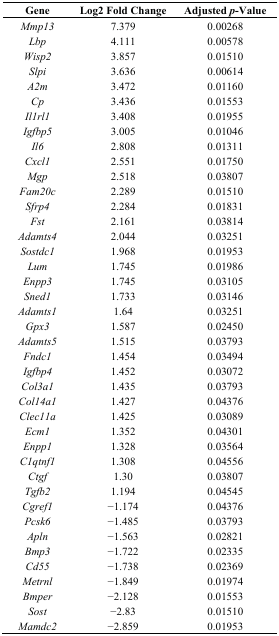
<table><thead><tr><td><b>Gene</b></td><td><b>Log2 Fold Change</b></td><td><b>Adjusted <i>p</i>-Value</b></td></tr></thead><tbody><tr><td><i>Mmp13</i></td><td>7.379</td><td>0.00268</td></tr><tr><td><i>Lbp</i></td><td>4.111</td><td>0.00578</td></tr><tr><td><i>Wisp2</i></td><td>3.857</td><td>0.01510</td></tr><tr><td><i>Slpi</i></td><td>3.636</td><td>0.00614</td></tr><tr><td><i>A2m</i></td><td>3.472</td><td>0.01160</td></tr><tr><td><i>Cp</i></td><td>3.436</td><td>0.01553</td></tr><tr><td><i>Il1rl1</i></td><td>3.408</td><td>0.01955</td></tr><tr><td><i>Igfbp5</i></td><td>3.005</td><td>0.01046</td></tr><tr><td><i>Il6</i></td><td>2.808</td><td>0.01311</td></tr><tr><td><i>Cxcl1</i></td><td>2.551</td><td>0.01750</td></tr><tr><td><i>Mgp</i></td><td>2.518</td><td>0.03807</td></tr><tr><td><i>Fam20c</i></td><td>2.289</td><td>0.01510</td></tr><tr><td><i>Sfrp4</i></td><td>2.284</td><td>0.01831</td></tr><tr><td><i>Fst</i></td><td>2.161</td><td>0.03814</td></tr><tr><td><i>Adamts4</i></td><td>2.044</td><td>0.03251</td></tr><tr><td><i>Sostdc1</i></td><td>1.968</td><td>0.01953</td></tr><tr><td><i>Lum</i></td><td>1.745</td><td>0.01986</td></tr><tr><td><i>Enpp3</i></td><td>1.745</td><td>0.03105</td></tr><tr><td><i>Sned1</i></td><td>1.733</td><td>0.03146</td></tr><tr><td><i>Adamts1</i></td><td>1.64</td><td>0.03251</td></tr><tr><td><i>Gpx3</i></td><td>1.587</td><td>0.02450</td></tr><tr><td><i>Adamts5</i></td><td>1.515</td><td>0.03793</td></tr><tr><td><i>Fndc1</i></td><td>1.454</td><td>0.03494</td></tr><tr><td><i>Igfbp4</i></td><td>1.452</td><td>0.03072</td></tr><tr><td><i>Col3a1</i></td><td>1.435</td><td>0.03793</td></tr><tr><td><i>Col14a1</i></td><td>1.427</td><td>0.04376</td></tr><tr><td><i>Clec11a</i></td><td>1.425</td><td>0.03089</td></tr><tr><td><i>Ecm1</i></td><td>1.352</td><td>0.04301</td></tr><tr><td><i>Enpp1</i></td><td>1.328</td><td>0.03564</td></tr><tr><td><i>C1qtnf1</i></td><td>1.308</td><td>0.04556</td></tr><tr><td><i>Ctgf</i></td><td>1.30</td><td>0.03807</td></tr><tr><td><i>Tgfb2</i></td><td>1.194</td><td>0.04545</td></tr><tr><td><i>Cgref1</i></td><td>−1.174</td><td>0.04376</td></tr><tr><td><i>Pcsk6</i></td><td>−1.485</td><td>0.03793</td></tr><tr><td><i>Apln</i></td><td>−1.563</td><td>0.02821</td></tr><tr><td><i>Bmp3</i></td><td>−1.722</td><td>0.02335</td></tr><tr><td><i>Cd55</i></td><td>−1.738</td><td>0.02369</td></tr><tr><td><i>Metrnl</i></td><td>−1.849</td><td>0.01974</td></tr><tr><td><i>Bmper</i></td><td>−2.128</td><td>0.01553</td></tr><tr><td><i>Sost</i></td><td>−2.83</td><td>0.01510</td></tr><tr><td><i>Mamdc2</i></td><td>−2.859</td><td>0.01953</td></tr></tbody></table>